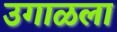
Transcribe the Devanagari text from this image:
उगाळला